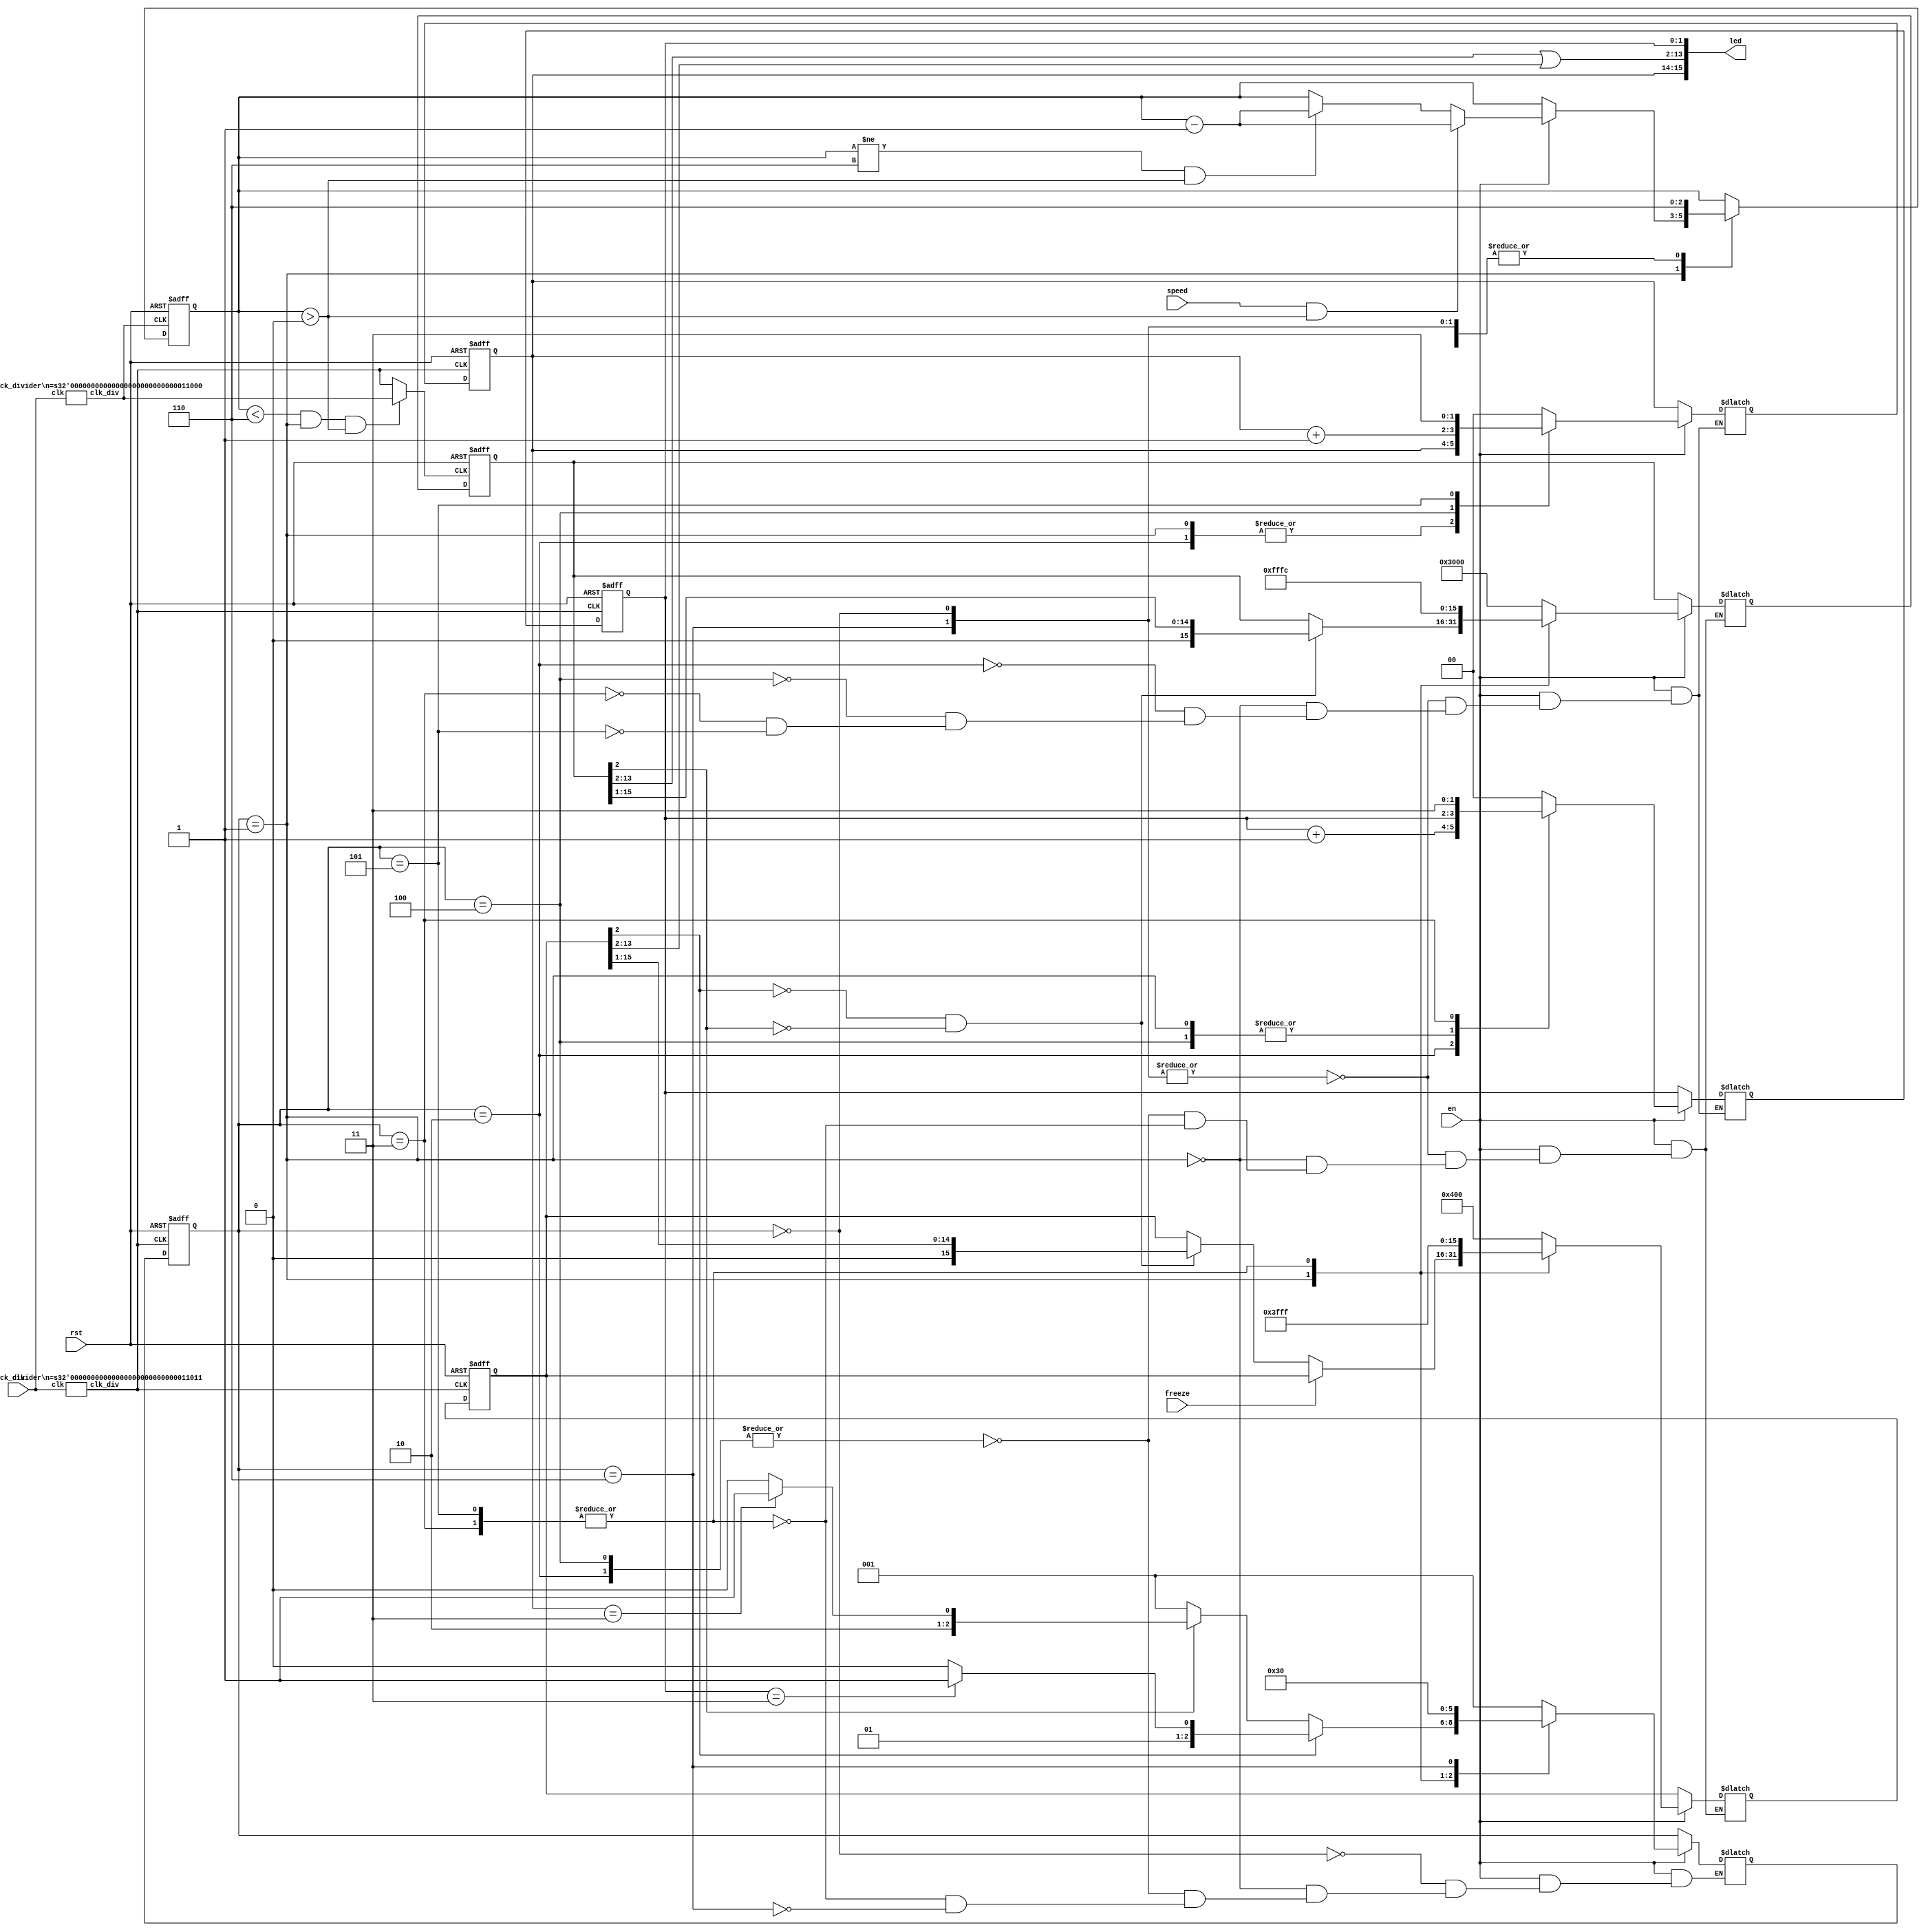
module lab3_2
(
    input clk,
    input rst,
    input en,
    input speed,
    input freeze,
    output [15:0] led
);

wire myclk24, myclk27;

clock_divider #(
    .n(24)
)   c1 (
    .clk(clk),
    .clk_div(myclk24)
);

clock_divider #(
    .n(27)
)   c2 (
    .clk(clk),
    .clk_div(myclk27)
);

parameter INIT = 3'd0;
parameter RACING = 3'd1;
parameter M_F = 3'd2;
parameter M_W = 3'd3;
parameter C_F = 3'd4;
parameter C_W = 3'd5;
parameter INIT_WAIT = 3'd6;
reg [2:0] state = 3'd0, next_state;

reg [1:0] m_score;
reg [1:0] m_next_score;

reg [1:0] c_score;
reg [1:0] c_next_score;

reg [15:0] m_pos;
reg [15:0] m_next_pos;

reg [15:0] c_pos;
reg [15:0] c_next_pos;

reg [2:0] speed_left = 3'd6;
reg speeded = 1'd0;

assign led = {c_score, c_pos[13:2] | m_pos[13:2], m_score};

// state
always @(posedge myclk27 or posedge rst) begin
    if(rst) begin
        state <= INIT;
    end
    else begin
        state <= next_state;
    end
end

always @* begin
    if(en == 0) begin
        next_state = state;
    end
    else begin
        case(state)
            INIT : begin
                next_state = RACING;
            end
            RACING : begin
                next_state = RACING;
                if(m_pos[2] == 1'b1) begin
                    if(m_score == 2'd3) begin
                        next_state = M_W;
                    end
                    else begin
                        next_state = M_F;
                    end
                end
                else if(c_pos[2] == 1'b1) begin
                    if(c_score == 2'd3) begin
                        next_state = C_W;
                    end
                    else begin
                        next_state = C_F;
                    end
                end
            end
            M_F, C_F : begin
                next_state = RACING;
            end
            M_W, C_W : begin
                //next_state = INIT;
                next_state = INIT_WAIT;
            end
            INIT_WAIT : begin
                next_state = INIT;
            end
        endcase
    end
end

// motor pos
always @(posedge myclk27 or posedge rst) begin
    if(rst) begin
        m_pos <= 16'b0000010000000000;
    end
    else begin
        m_pos <= m_next_pos;
    end
end

always @* begin
    if(en == 0) begin
        m_next_pos = m_pos;
    end
    else begin 
        case(state)
            INIT, INIT_WAIT : begin
                m_next_pos = 16'b0000010000000000;
            end
            RACING : begin
                if(freeze == 1) begin
                    m_next_pos = m_pos;
                end
                else if(m_pos[2] != 1'b1 && c_pos[2] != 1'b1) begin
                    m_next_pos = m_pos >> 1;
                end
                else begin
                    m_next_pos = m_pos;
                end
            end
            M_F, C_F : begin
                m_next_pos = 16'b0000010000000000;
            end
            M_W, C_W : begin
                m_next_pos = 16'b0011111111111111;
            end
        endcase
    end
end

// motor score
always @(posedge myclk27 or posedge rst) begin
    if(rst) begin
        m_score <= 2'b00;
    end
    else begin
        m_score <= m_next_score;
    end
end

always @* begin
    if(en == 0) begin
        m_next_score = m_score;
    end
    else begin 
        case(state)
            INIT, INIT_WAIT : begin
                m_next_score = 2'b00;
            end
            RACING : begin
                m_next_score = m_score;
            end
            M_F : begin
                m_next_score = m_score + 1;
            end
            C_F : begin
                m_next_score = m_score;
            end
            M_W : begin
                m_next_score = 2'b11;
            end
            C_W : begin
            
                m_next_score = 2'b00;
            end
        endcase
    end
end

assign myclk = ((speed_left < 6)  && (state == RACING) && (speed_left > 0)) ? myclk24 : myclk27;

// speeded
//always @(posedge myclk24 or posedge rst) begin
//    if(rst) begin
//        speeded <= 1'd0;
//    end
//    else if(speed == 1) begin
//        speeded <= 1'd1;
//    end
//end

// speed left
always @(posedge myclk24 or posedge rst) begin
    if(rst) begin
        speed_left <= 3'd6;
    end
    else begin
        case(state)
            INIT, INIT_WAIT : begin
                speed_left <= 3'd6;
            end
            RACING : begin
                if(en == 0) begin
                    speed_left <= speed_left;
                end
                else if(speed == 1 && speed_left > 0) begin
                    speed_left <= speed_left - 1;
                end
                else if(speed_left != 3'd6 && speed_left > 0) begin
                    speed_left <= speed_left - 1;
                end
            end
            M_F, C_F : begin
                speed_left <= 3'd6;
            end
            M_W, C_W : begin
                speed_left <= 3'd6;
            end
        endcase
    end
end

// car pos
always @(posedge myclk or posedge rst) begin
    if(rst) begin
        c_pos <= 16'b0011000000000000;
    end
    else begin
        c_pos <= c_next_pos;
    end
end

always @* begin
    if(en == 0) begin
        c_next_pos = c_pos;
    end
    else begin 
        case(state)
            INIT, INIT_WAIT : begin
                c_next_pos = 16'b0011000000000000;
            end
            RACING : begin
                if(m_pos[2] != 1'b1 && c_pos[2] != 1'b1) begin
                    c_next_pos = c_pos >> 1;
                end
                else begin
                    c_next_pos = c_pos;
                end
            end
            M_F, C_F : begin
                c_next_pos = 16'b0011000000000000;
            end
            M_W, C_W : begin
                c_next_pos = 16'b1111111111111100;
            end
        endcase
    end
end

// car score
always @(posedge myclk27 or posedge rst) begin
    if(rst) begin
        c_score <= 2'b00;
    end
    else begin
        c_score <= c_next_score;
    end
end

always @* begin
    if(en == 0) begin
        c_next_score = c_score;
    end
    else begin 
        case(state)
            INIT, INIT_WAIT : begin
                c_next_score = 2'b00;
            end
            RACING : begin
                c_next_score = c_score;
            end
            M_F : begin
                c_next_score = c_score;
            end
            C_F : begin
                c_next_score = c_score + 1;
            end
            M_W : begin
                c_next_score = 2'b00;
            end
            C_W : begin
                c_next_score = 2'b11;
            end
        endcase
    end
end

endmodule

module clock_divider #(parameter n = 25)
(
    input clk,
    output clk_div
);

reg [n-1:0] num = 0;
wire [n-1:0] next_num;

always @(posedge clk) begin
    num <= next_num;
end

assign next_num = num + 1;
assign clk_div = num[n-1];

endmodule